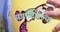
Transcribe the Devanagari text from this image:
संपादिलेल्या